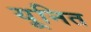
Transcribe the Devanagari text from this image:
यूनित